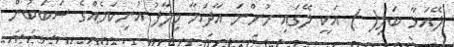
ލޭއަޅާ ބަލި( ) އަކީ ލޭގައި ހުންނަ އާދަޔާ ޚިލާފު އުނިކަމެއްގެ ސަބަބުން